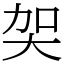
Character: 㚙